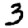
Digit: 3